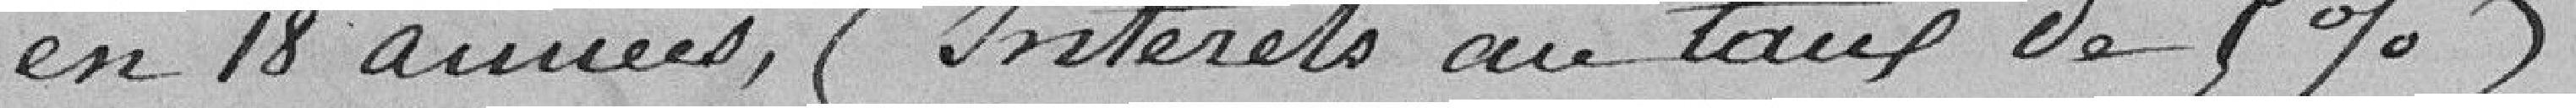
en 18 années (intérêts au taux de 5%)